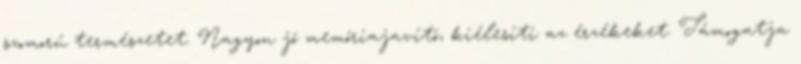
szomorú természetet. Nagyon jó memóriajavító, kiélesíti az érzékeket. Támogatja